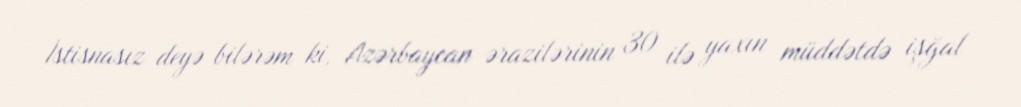
İstisnasız deyə bilərəm ki, Azərbaycan ərazilərinin 30 ilə yaxın müddətdə işğal